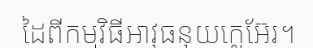
ដៃពីកម្មវិធីអាវុធនុយក្លេអ៊ែរ។